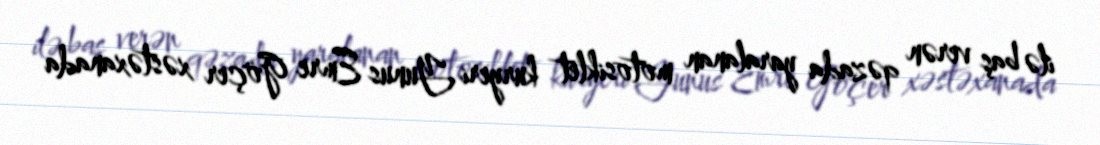
ilə baş verən qəzada yaralanan motosiklet kuryeri Yunus Emre Göçer xəstəxanada